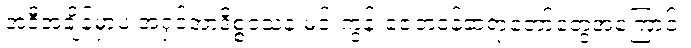
အဲဒီအချိန်မှာပဲ အရှင်အာဒိစ္စဝံသနဲ့ မင်းကွန်းဇေတဝန်ဆရာတော်တွေအကြောင်း